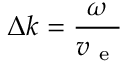
\Delta k = \frac { \omega } { v _ { \mathrm { ~ e ~ } } }